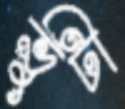
ভুটী